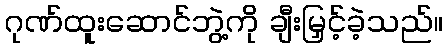
ဂုဏ်ထူးဆောင်ဘွဲ့ကို ချီးမြှင့်ခဲ့သည်။